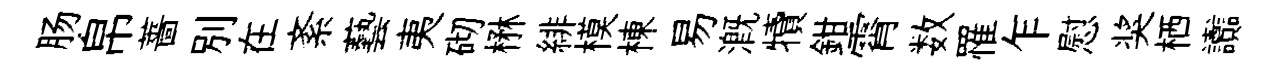
肠帛薔别在紊藝夷砌楙緋模棟易溉犢鉗霄数罹乍慰奖栖讟